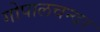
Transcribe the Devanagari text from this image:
गोपालचन्दर